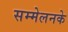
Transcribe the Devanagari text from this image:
सम्मेलनके